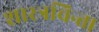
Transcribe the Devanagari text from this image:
शास्त्रचिन्ता